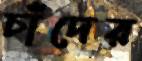
চাঁদের